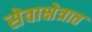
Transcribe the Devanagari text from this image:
सेवाक्षेत्रात